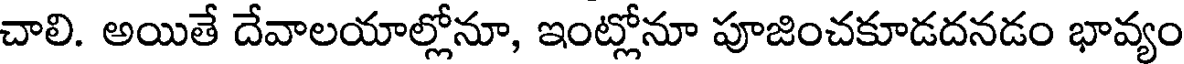
చాలి. అయితే దేవాలయాల్లోనూ, ఇంట్లోనూ పూజించకూడదనడం భావ్యం